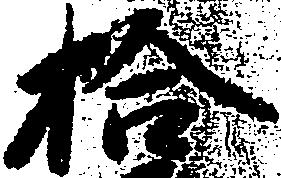
拾